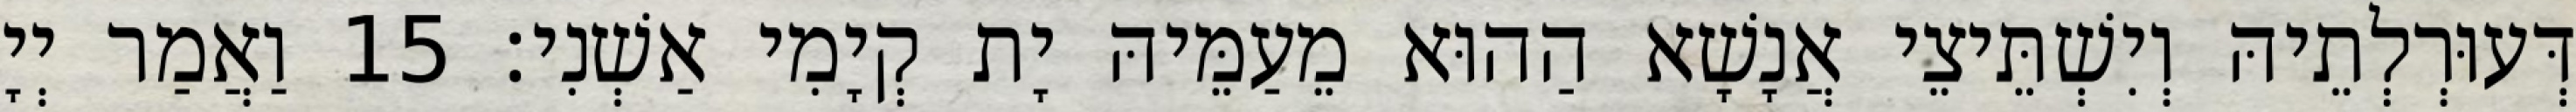
דְּעוּרְלְתֵיהּ וְיִשְׁתֵּיצֵי אֲנָשָׁא הַהוּא מֵעַמֵּיהּ יָת קְיָמִי אַשְׁנִי׃ 15 וַאֲמַר יְיָ